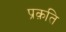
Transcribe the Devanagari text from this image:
प्रक़ति